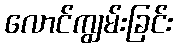
လောင်ကျွမ်းခြင်း